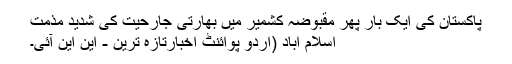
پاکستان کی ایک بار پھر مقبوضہ کشمیر میں بھارتی جارحیت کی شدید مذمت
اسلام آباد (اُردو پوائنٹ اخبارتازہ ترین - این این آئی۔